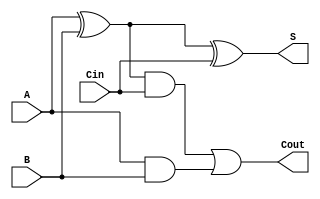
module one_bit_rpc_adder (A, B, Cin, S, Cout);

input A, B, Cin;

output S, Cout;

wire xor1, and1, and2;

assign xor1 = ( A ^ B);
assign S = ( xor1 ^ Cin );

assign and1 = xor1 & Cin;
assign and2 = A & B;

assign Cout = and1 | and2;

endmodule